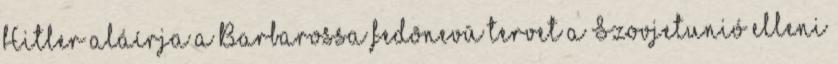
Hitler aláírja a Barbarossa fedõnevû tervet a Szovjetunió elleni